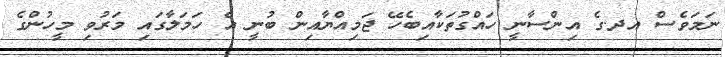
ނަމަވެސް އދ.ގެ އިންސާނީ ހައްގުތަކާއިބެހޭ ޖަމިއްޔާއިން ބުނީ އެ ހަމަލާގައި މަރުވި މީހުންގެ